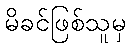
မိခင်ဖြစ်သူမှ